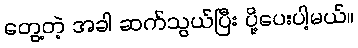
တွေ့တဲ့ အခါ ဆက်သွယ်ပြီး ပို့ပေးပါ့မယ်။